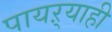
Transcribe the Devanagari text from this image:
पायऱ्याही